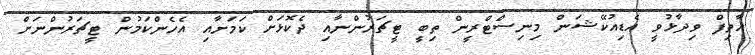
އާތިފް ވިދާޅުވީ އެޑިއުކޭޝަން މިނިސްޓްރީން ތިބީ ޓީޗަރުންނާއި ދެކޮޅަށް ކަމަށާއި އެހެންކަމުން ޓީޗަރުންނަށް